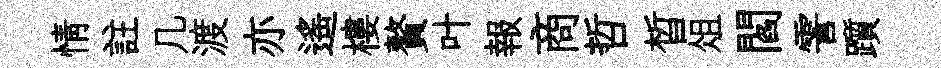
情註几渡亦遙樓贅叶報商哲晳俎閻霅躓